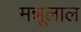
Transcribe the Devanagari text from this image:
मन्नूलाल